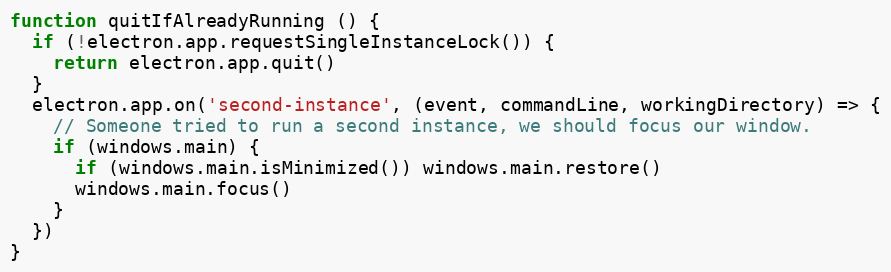
Language: JavaScript
function quitIfAlreadyRunning () {
  if (!electron.app.requestSingleInstanceLock()) {
    return electron.app.quit()
  }
  electron.app.on('second-instance', (event, commandLine, workingDirectory) => {
    // Someone tried to run a second instance, we should focus our window.
    if (windows.main) {
      if (windows.main.isMinimized()) windows.main.restore()
      windows.main.focus()
    }
  })
}